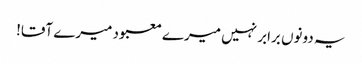
یہ دونوں برابر نہیں میرے معبود میرے آقا!